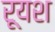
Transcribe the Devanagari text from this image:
रूयश